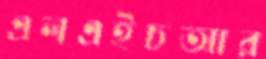
এলএইচআর